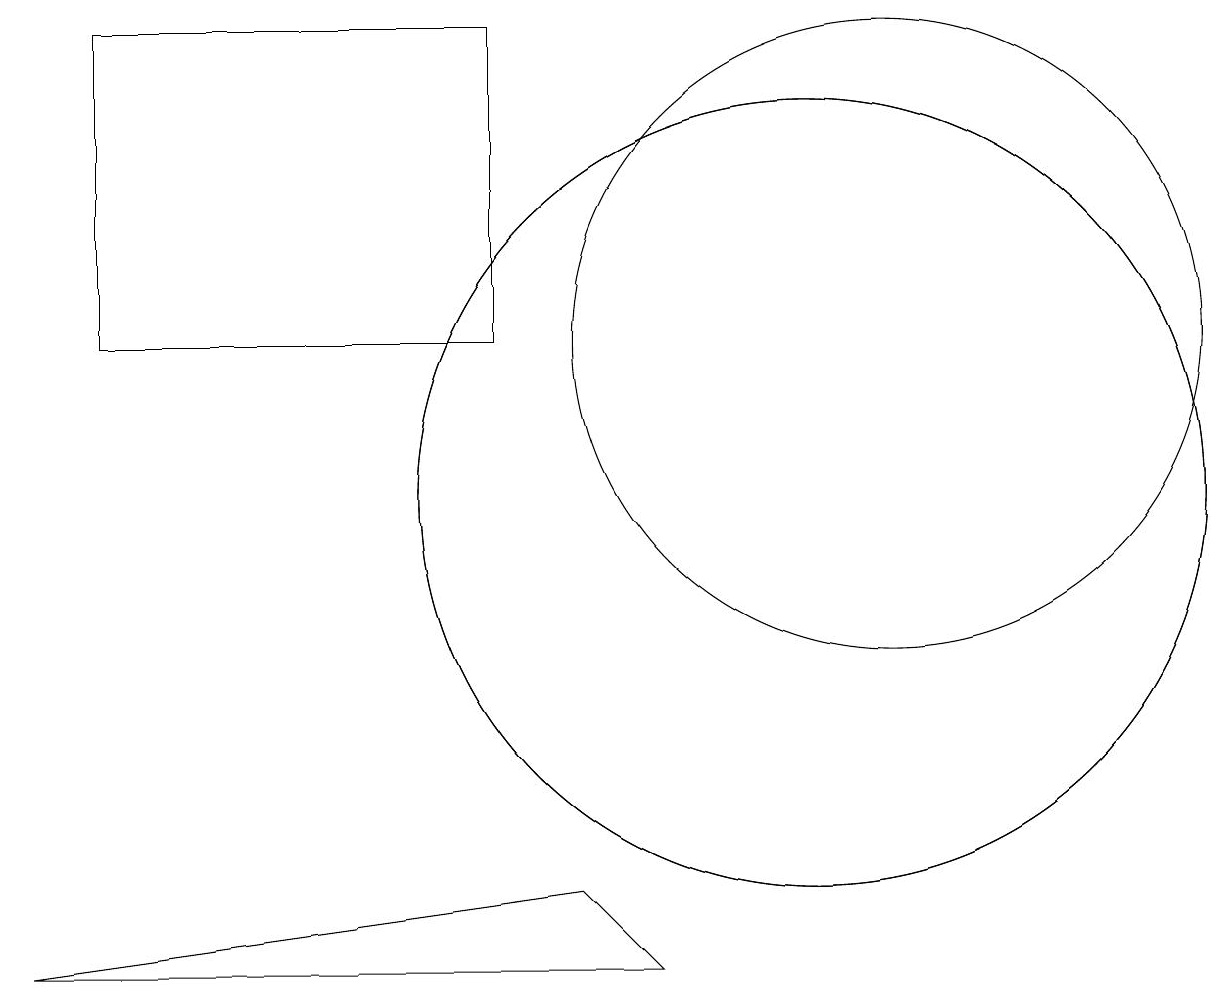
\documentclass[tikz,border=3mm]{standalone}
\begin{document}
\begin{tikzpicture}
\draw (10,10) circle (5);
\draw (1,16) rectangle (6,12);
\draw (11,12) circle (4);
\draw (8,4) -- (7,5) -- (0,4) -- cycle;
\draw (10,10) circle (5);
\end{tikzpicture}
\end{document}